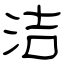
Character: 洁